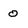
Character: 0